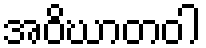
အဝိဃာတဝါ